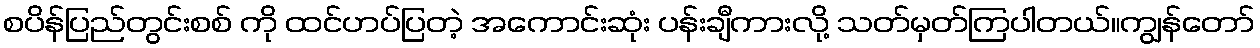
စပိန်ပြည်တွင်းစစ် ကို ထင်ဟပ်ပြတဲ့ အကောင်းဆုံး ပန်းချီကားလို့ သတ်မှတ်ကြပါတယ်။ကျွန်တော်